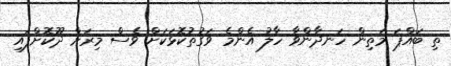
ތި ބައްޕަ މަތިން ހަނދާންވާ ހާލު އެންމެ ވަގުތުކޮޅަކަށް ވެސް މިރަށް ދޫކޮށްފައި